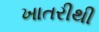
ખાતરીથી